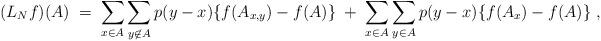
LaTeX: \begin{align*}(L_N f)(A) \;=\; \sum_{x\in A} \sum_{y\not \in A} p(y-x) \{ f(A_{x,y}) -f(A) \} \;+\; \sum_{x\in A} \sum_{y\in A} p(y-x) \{ f(A_{x}) -f(A) \}\;,\end{align*}